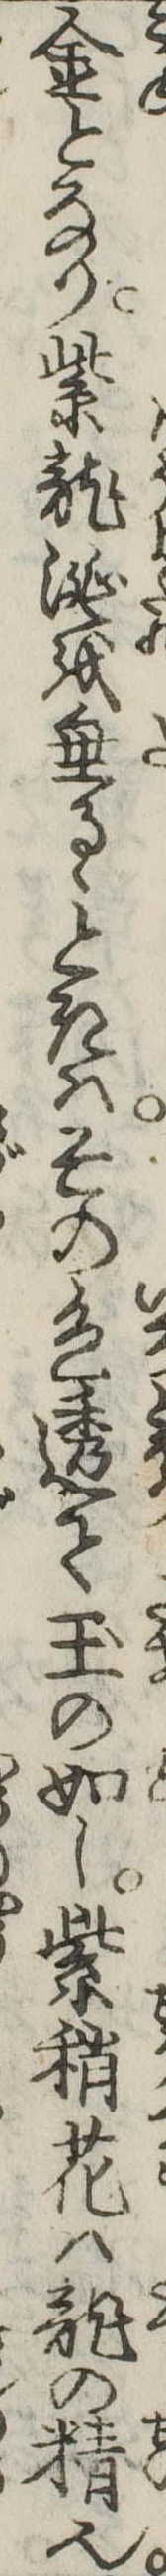
金となり紫竜涎を垂るゝときはその色透て玉の如し紫稍花は竜の精也